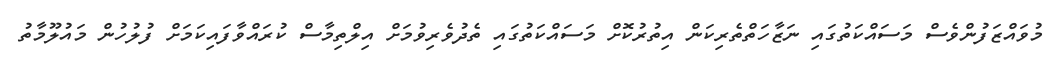
މުވައްޒަފުންވެސް މަސައްކަތުގައި ނަޒާހަތްތެރިކަން އިތުރުކޮށް މަސައްކަތުގައި ތެދުވެރިވުމަށް އިލްތިމާސް ކުރައްވާފައިކަމަށް ފުލުހުން މައުލޫމާތު